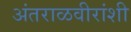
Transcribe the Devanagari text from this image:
अंतराळवीरांशी